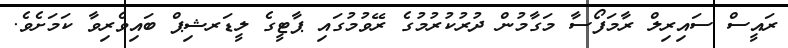
ރައީސް ސައިރިލް ރާމަފޯސާ މަގާމުން ދުރުކުރުމުގެ ރޭވުމުގައި ޕާޓީގެ ލީޑަރޝިޕް ބައިވެރިވާ ކަމަށެވެ.